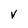
Character: v